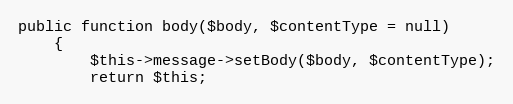
Language: PHP
public function body($body, $contentType = null)
    {
        $this->message->setBody($body, $contentType);
        return $this;